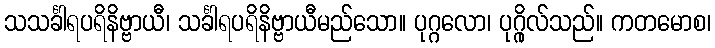
သသင်္ခါရပရိနိဗ္ဗာယီ၊ သင်္ခါရပရိနိဗ္ဗာယီမည်သော။ ပုဂ္ဂလော၊ ပုဂ္ဂိုလ်သည်။ ကတမောစ၊